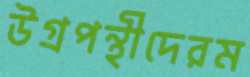
উগ্রপন্থীদেরম